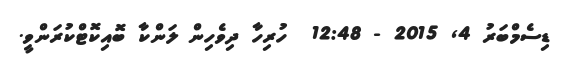
ޑިސެމްބަރު 4